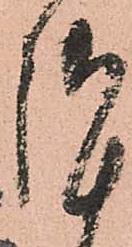
謹